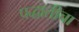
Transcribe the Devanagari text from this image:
पद्धातीचा